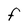
Character: F